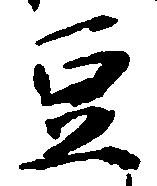
豆